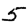
Digit: 5